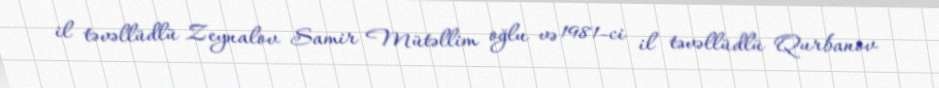
il təvəllüdlü Zeynalov Samir Mütəllim oğlu və 1981-ci il təvəllüdlü Qurbanov